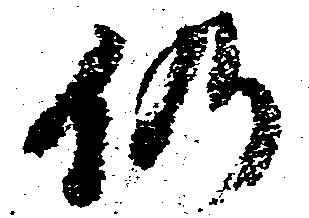
仍